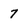
Character: 7